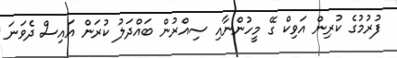
ފުރުމުގެ ކުރިން އަވިކް ގޭ މީހުންނާއި ސިއްރުން ބައްދަލު ކުރަން އައިސް ދެވަނަ